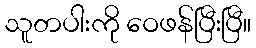
သူတပါးကို ဝေဖန်ပြီးပြီ။